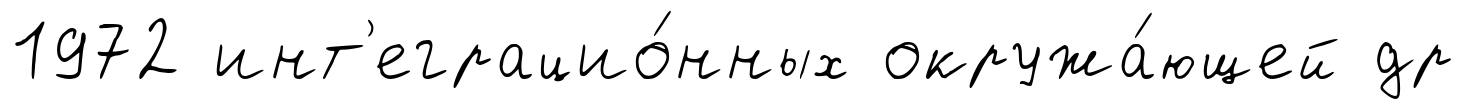
1972 инт'еграцио́нных окружа́ющей др